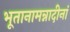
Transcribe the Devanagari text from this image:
भूतानामन्नादीनां